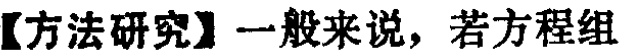
【方法研究】一般来说，若方程组